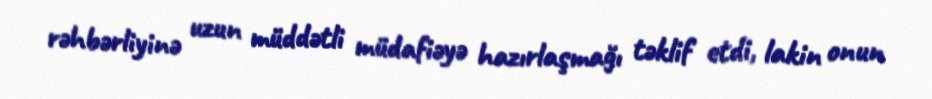
rəhbərliyinə uzun müddətli müdafiəyə hazırlaşmağı təklif etdi, lakin onun